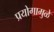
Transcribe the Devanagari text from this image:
प्रयोगामुळे